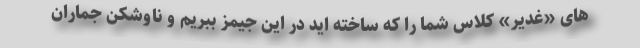
های «غدیر» کلاس شما را که ساخته اید در این جیمز ببریم و ناوشکن جماران